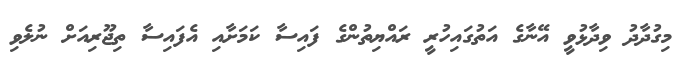
މިގުދާދު ވިދާޅުވީ އޭނާގެ އަތުގައިހުރީ ރައްޔިތުންގެ ފައިސާ ކަމަށާއި އެފައިސާ ތިޖޫރިއަށް ނުލެވި